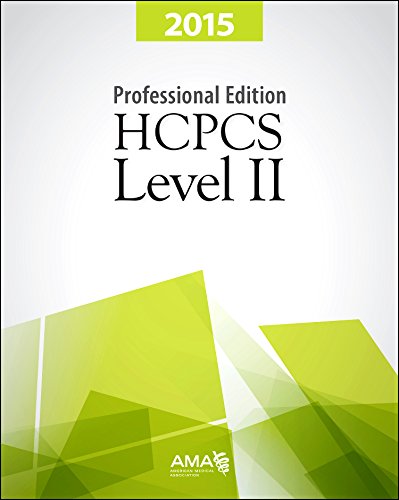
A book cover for HCPCS 2015 Level II Professional Edition (Hcpcs Level II (American Medical Assn)); American Medical Association; Medical Books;